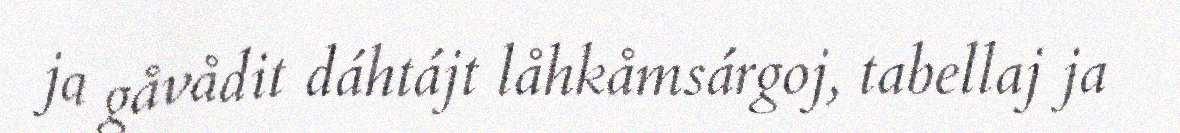
ja gåvådit dáhtájt låhkåmsárgoj, tabellaj ja